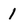
Character: 1